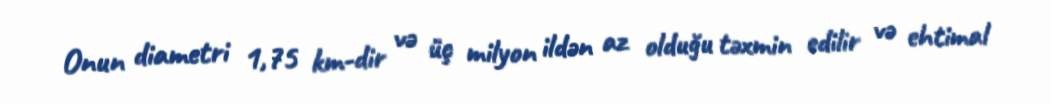
Onun diametri 1,75 km-dir və üç milyon ildən az olduğu təxmin edilir və ehtimal